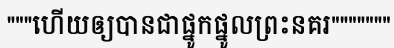
"""ហើយឲ្យបានជាផ្នូកផ្នូលព្រះនគរ"""""""